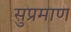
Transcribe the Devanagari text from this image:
सुप्रमाण